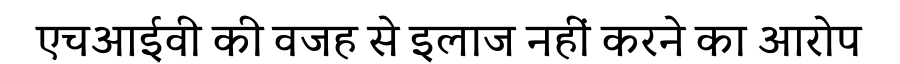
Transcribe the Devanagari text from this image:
एचआईवी की वजह से इलाज नहीं करने का आरोप